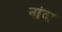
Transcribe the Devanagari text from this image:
नांदा